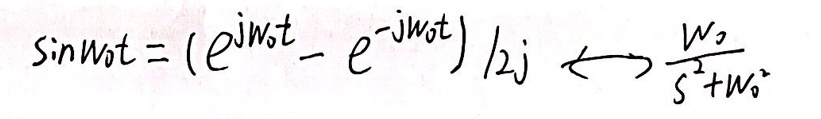
\[
\sin\omega_0 t = \frac{(e^{j\omega_0 t}-e^{-j\omega_0 t})}{2j} \longleftrightarrow \frac{\omega_0}{s^{2}+\omega_0^{2}}
\]